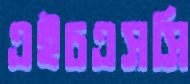
এইচএসসি